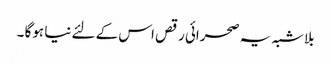
بلاشبہ یہ صحرائی رقص اس کے لئے نیا ہوگا ۔